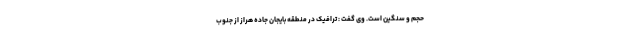
حجم و سنگین است. وی گفت : ترافیک در منطقه بایجان جاده هراز از جنوب